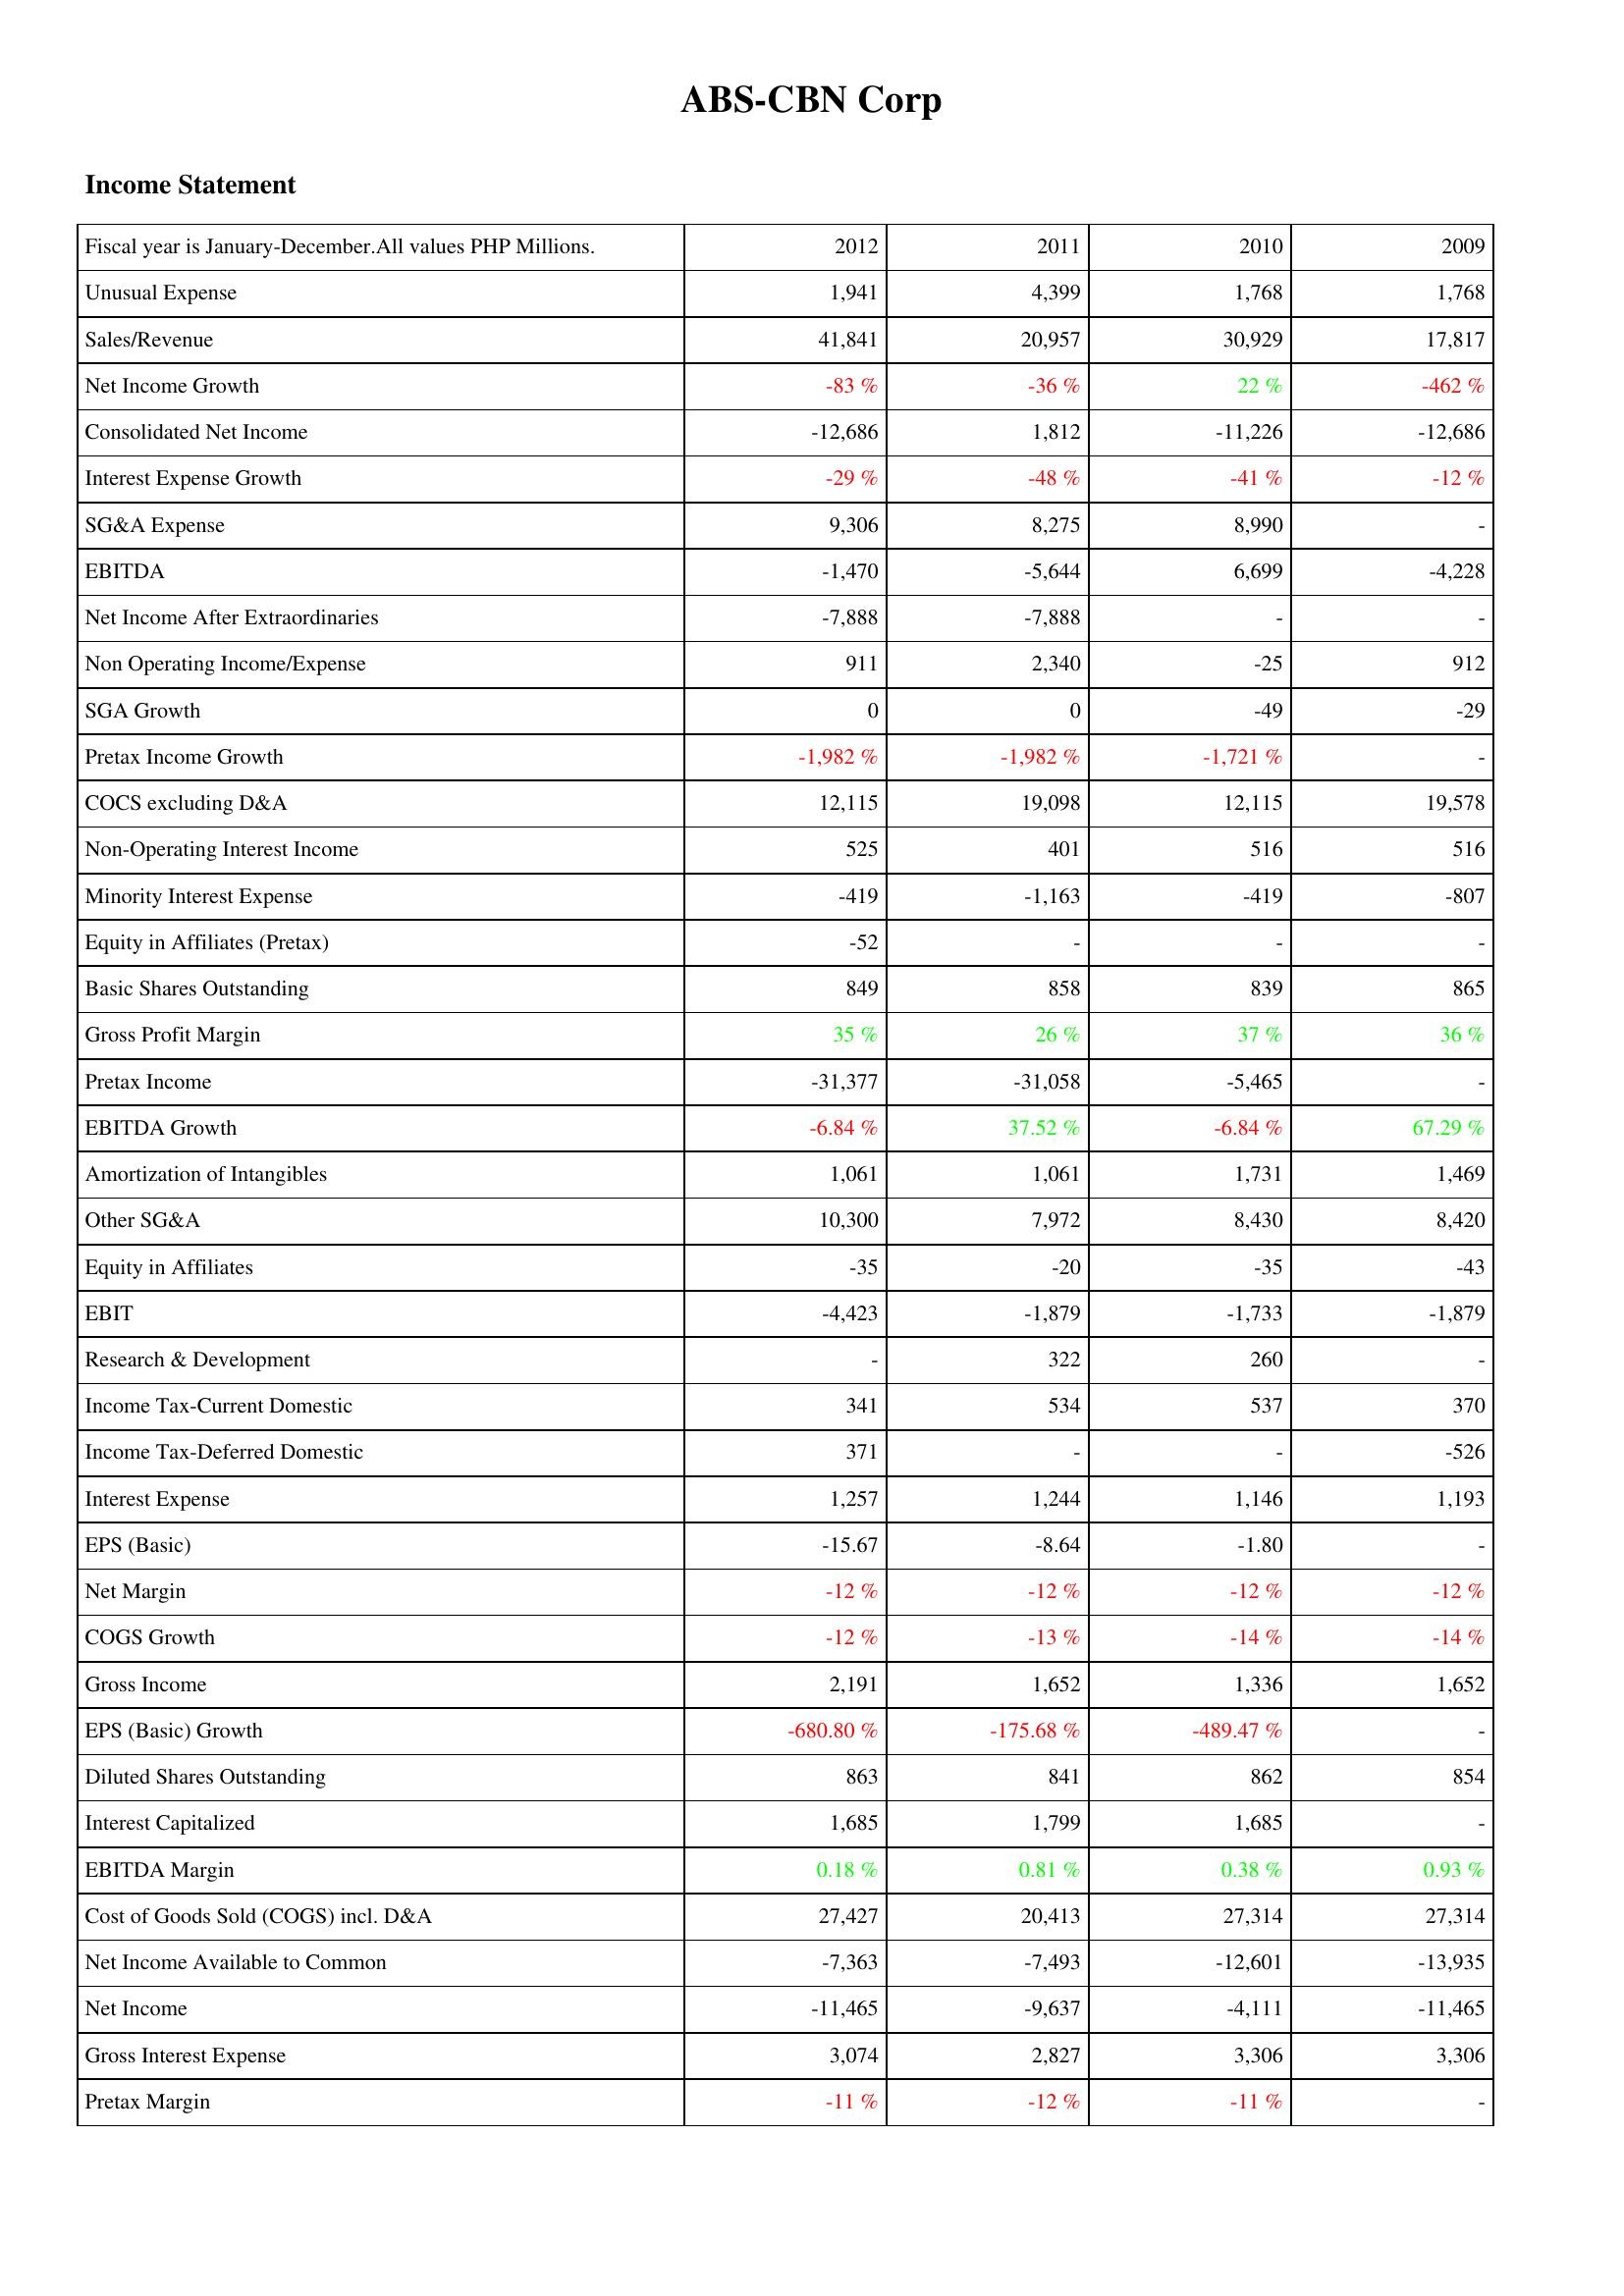
2012: Income Statement: Unusual Expense: 1,941
Sales/Revenue: 41,841
Net Income Growth: -83 %
Consolidated Net Income: -12,686
Interest Expense Growth: -29 %
SG&A Expense: 9,306
EBITDA: -1,470
Net Income After Extraordinaries: -7,888
Non Operating Income/Expense: 911
SGA Growth: 0
Pretax Income Growth: -1,982 %
COCS excluding D&A: 12,115
Non-Operating Interest Income: 525
Minority Interest Expense: -419
Equity in Affiliates (Pretax): -52
Basic Shares Outstanding: 849
Gross Profit Margin: 35 %
Pretax Income: -31,377
EBITDA Growth: -6.84 %
Amortization of Intangibles: 1,061
Other SG&A: 10,300
Equity in Affiliates: -35
EBIT: -4,423
Research & Development: -
Income Tax-Current Domestic: 341
Income Tax-Deferred Domestic: 371
Interest Expense: 1,257
EPS (Basic): -15.67
Net Margin: -12 %
COGS Growth: -12 %
Gross Income: 2,191
EPS (Basic) Growth: -680.80 %
Diluted Shares Outstanding: 863
Interest Capitalized: 1,685
EBITDA Margin: 0.18 %
Cost of Goods Sold (COGS) incl. D&A: 27,427
Net Income Available to Common: -7,363
Net Income: -11,465
Gross Interest Expense: 3,074
Pretax Margin: -11 %
2011: Income Statement: Unusual Expense: 4,399
Sales/Revenue: 20,957
Net Income Growth: -36 %
Consolidated Net Income: 1,812
Interest Expense Growth: -48 %
SG&A Expense: 8,275
EBITDA: -5,644
Net Income After Extraordinaries: -7,888
Non Operating Income/Expense: 2,340
SGA Growth: 0
Pretax Income Growth: -1,982 %
COCS excluding D&A: 19,098
Non-Operating Interest Income: 401
Minority Interest Expense: -1,163
Equity in Affiliates (Pretax): -
Basic Shares Outstanding: 858
Gross Profit Margin: 26 %
Pretax Income: -31,058
EBITDA Growth: 37.52 %
Amortization of Intangibles: 1,061
Other SG&A: 7,972
Equity in Affiliates: -20
EBIT: -1,879
Research & Development: 322
Income Tax-Current Domestic: 534
Income Tax-Deferred Domestic: -
Interest Expense: 1,244
EPS (Basic): -8.64
Net Margin: -12 %
COGS Growth: -13 %
Gross Income: 1,652
EPS (Basic) Growth: -175.68 %
Diluted Shares Outstanding: 841
Interest Capitalized: 1,799
EBITDA Margin: 0.81 %
Cost of Goods Sold (COGS) incl. D&A: 20,413
Net Income Available to Common: -7,493
Net Income: -9,637
Gross Interest Expense: 2,827
Pretax Margin: -12 %
2010: Income Statement: Unusual Expense: 1,768
Sales/Revenue: 30,929
Net Income Growth: 22 %
Consolidated Net Income: -11,226
Interest Expense Growth: -41 %
SG&A Expense: 8,990
EBITDA: 6,699
Net Income After Extraordinaries: -
Non Operating Income/Expense: -25
SGA Growth: -49
Pretax Income Growth: -1,721 %
COCS excluding D&A: 12,115
Non-Operating Interest Income: 516
Minority Interest Expense: -419
Equity in Affiliates (Pretax): -
Basic Shares Outstanding: 839
Gross Profit Margin: 37 %
Pretax Income: -5,465
EBITDA Growth: -6.84 %
Amortization of Intangibles: 1,731
Other SG&A: 8,430
Equity in Affiliates: -35
EBIT: -1,733
Research & Development: 260
Income Tax-Current Domestic: 537
Income Tax-Deferred Domestic: -
Interest Expense: 1,146
EPS (Basic): -1.80
Net Margin: -12 %
COGS Growth: -14 %
Gross Income: 1,336
EPS (Basic) Growth: -489.47 %
Diluted Shares Outstanding: 862
Interest Capitalized: 1,685
EBITDA Margin: 0.38 %
Cost of Goods Sold (COGS) incl. D&A: 27,314
Net Income Available to Common: -12,601
Net Income: -4,111
Gross Interest Expense: 3,306
Pretax Margin: -11 %
2009: Income Statement: Unusual Expense: 1,768
Sales/Revenue: 17,817
Net Income Growth: -462 %
Consolidated Net Income: -12,686
Interest Expense Growth: -12 %
SG&A Expense: -
EBITDA: -4,228
Net Income After Extraordinaries: -
Non Operating Income/Expense: 912
SGA Growth: -29
Pretax Income Growth: -
COCS excluding D&A: 19,578
Non-Operating Interest Income: 516
Minority Interest Expense: -807
Equity in Affiliates (Pretax): -
Basic Shares Outstanding: 865
Gross Profit Margin: 36 %
Pretax Income: -
EBITDA Growth: 67.29 %
Amortization of Intangibles: 1,469
Other SG&A: 8,420
Equity in Affiliates: -43
EBIT: -1,879
Research & Development: -
Income Tax-Current Domestic: 370
Income Tax-Deferred Domestic: -526
Interest Expense: 1,193
EPS (Basic): -
Net Margin: -12 %
COGS Growth: -14 %
Gross Income: 1,652
EPS (Basic) Growth: -
Diluted Shares Outstanding: 854
Interest Capitalized: -
EBITDA Margin: 0.93 %
Cost of Goods Sold (COGS) incl. D&A: 27,314
Net Income Available to Common: -13,935
Net Income: -11,465
Gross Interest Expense: 3,306
Pretax Margin: -